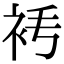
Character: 𧘧